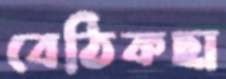
বেঠিকছা